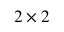
2 \times 2